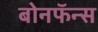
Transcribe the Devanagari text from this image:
बोनफॅन्स